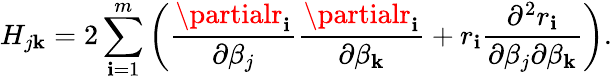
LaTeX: H_{j\mathbf{k}}=2\sum_{\mathbf{i}=1}^{m}\left({\frac{{\partialr_{\mathbf{i}}}}{{\partial\beta_{j}}}}{\frac{{\partialr_{\mathbf{i}}}}{{\partial\beta_{\mathbf{k}}}}}+r_{\mathbf{i}}{\frac{{\partial^{2}r_{\mathbf{i}}}}{{\partial\beta_{j}\partial\beta_{\mathbf{k}}}}}\right).